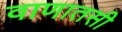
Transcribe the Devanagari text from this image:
वाणातसी